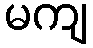
မကျ